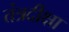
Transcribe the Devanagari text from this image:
तंत्रदीक्षा